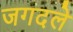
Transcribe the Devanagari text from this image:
जगदले